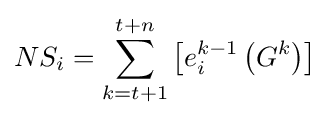
NS_{i}=\sum _{k=t+1}^{t+n}\left[e_{i}^{k-1}\left(G^{k}\right)\right]